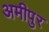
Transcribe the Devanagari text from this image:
अमीपुर